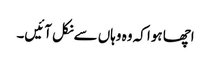
اچھا ہوا کہ وہ وہاں سےنکل آئیں۔